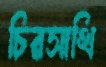
চিরসাথি